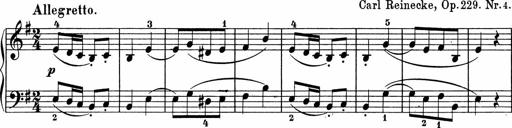
Title: 5 Sonatinen fÃ¼r die Jugend
Composer: Carl Reinecke